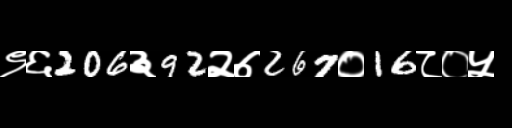
Text: ९६206३92२७267०16८०५